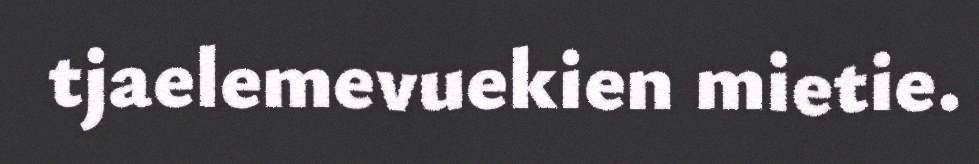
tjaelemevuekien mietie.